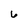
Character: 6